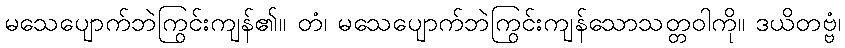
မသေပျောက်ဘဲကြွင်းကျန်၏။ တံ၊ မသေပျောက်ဘဲကြွင်းကျန်သောသတ္တဝါကို။ ဒယိတဗ္ဗံ၊